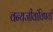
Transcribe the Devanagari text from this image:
वन्यजीवांविषयी